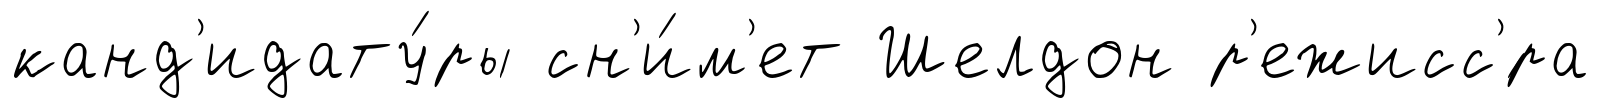
канд'идату́ры сн'и́м'ет Шелдон р'ежисс'́ра